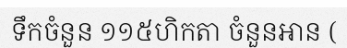
ទឹកចំនួន ១១៥ហិកតា ចំនួនអាន (